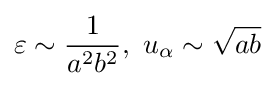
\varepsilon \sim {\frac {1}{a^{2}b^{2}}},\ u_{\alpha }\sim {\sqrt {ab}}